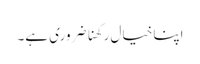
اپنا خیال رکھنا ضروری ہے۔